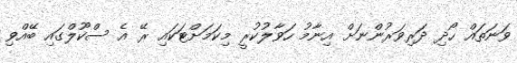
ވަނަތައް ހޯދި ދަރިވަރުންނަށް އިނާމު ހަވާލުކުރީ މިކަމަށްޓަކައި ރޭ އެ ސްކޫލްގައި ބޭއްވި